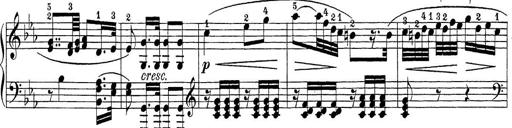
Title: Sonatina Album
Composer: Louis KÃ¶hler